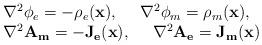
LaTeX: \begin{align*}\begin{array}{l}\nabla^2\phi_e=-\rho_e (\mathbf{x}),~~~~\nabla^2\phi_m=\rho_m(\mathbf{x}),\\ \nabla^2\mathbf{A_m}=-\mathbf{J_e}(\mathbf{x}),~~~~\nabla^2\mathbf{A_e}=\mathbf{J_m}(\mathbf{x})\end{array}\end{align*}